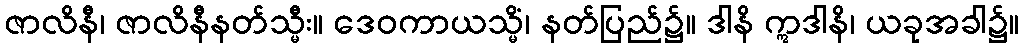
ဇာလိနီ၊ ဇာလိနီနတ်သ္မီး။ ဒေဝကာယသ္မိံ၊ နတ်ပြည်၌။ ဒါနိ ဣဒါနိ၊ ယခုအခါ၌။